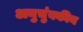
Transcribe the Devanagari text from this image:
अनुचुंबकीय